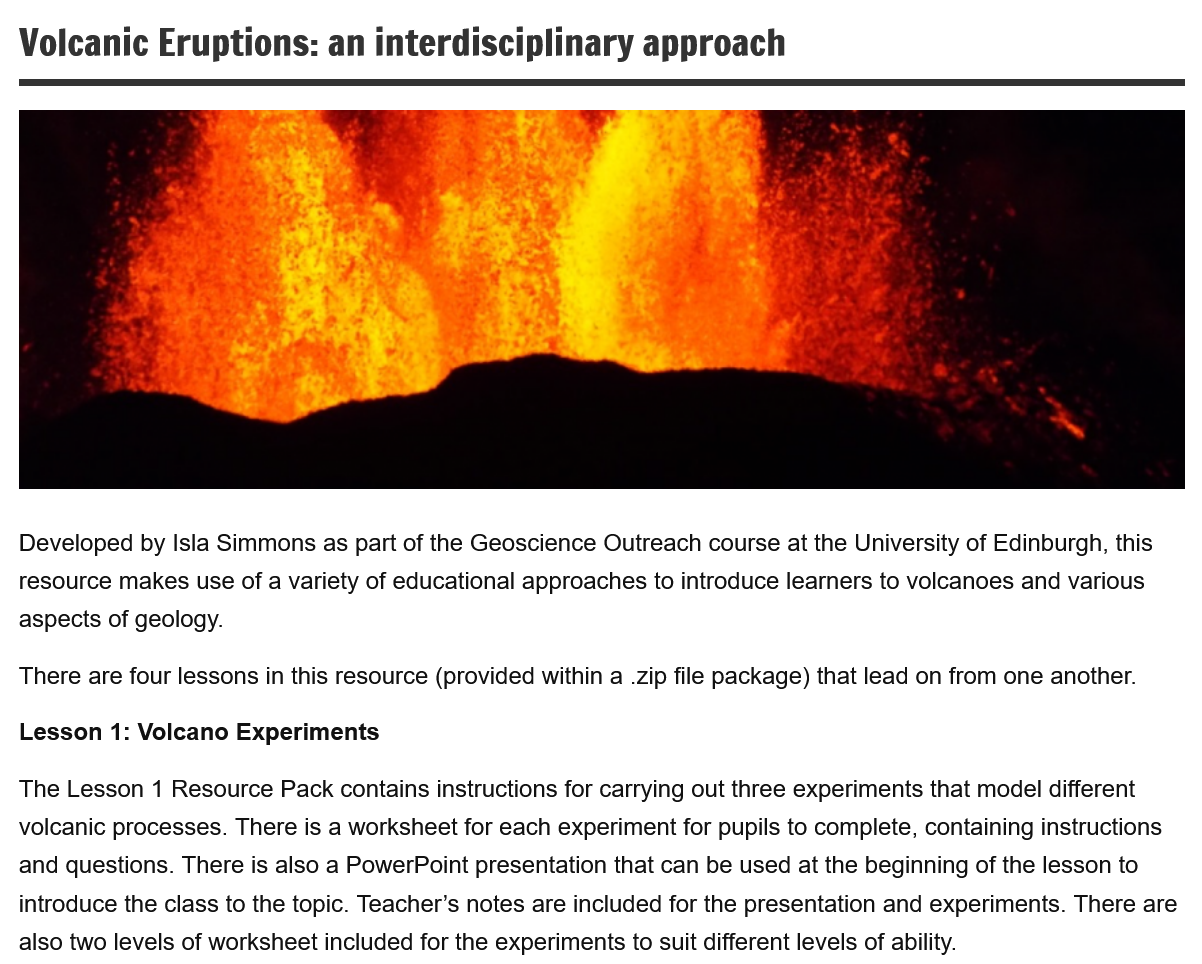
Volcanic   Eruptions:    an  interdisciplinary    approach
  Developed by Isla Simmons as part of the Geoscience Outreach course at the University of Edinburgh, this
  resource makes use of a variety of educational approaches to introduce learners to volcanoes and various
  aspects of geology.
  There are four lessons in this resource (provided within a .zip file package) that lead on from one another.
  The Lesson 1 Resource Pack contains instructions for carrying out three experiments that model different
  volcanic processes. There is a worksheet for each experiment for pupils to complete, containing instructions
  and questions. There is also a PowerPoint presentation that can be used at the beginning of the lesson to
  introduce the class to the topic. Teacher’s notes are included for the presentation and experiments. There are
  also two levels of worksheet included for the experiments to suit different levels of ability.
  Lesson  1: Volcano Experiments